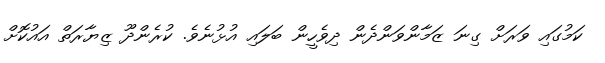
ކަމުގައި ވަރަށް ގިނަ ޒަމާންވަންދެން ދިވެހީން ބަލައި އުޅުނެވެ. ކުރެންދޫ ޒިޔާރަތް އައުކޮށް